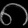
Digit: ၈